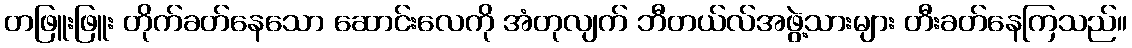
တဖြူးဖြူး တိုက်ခတ်နေသော ဆောင်းလေကို အံတုလျက် ဘီတယ်လ်အဖွဲ့သားများ တီးခတ်နေကြသည်။